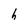
Character: h